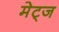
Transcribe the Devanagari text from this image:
मेट्ज